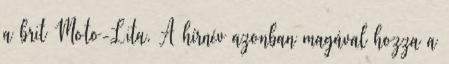
a brit Moto-Lita. A hírnév azonban magával hozza a